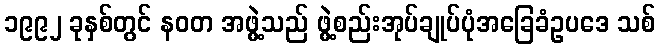
၁၉၉၂ ခုနှစ်တွင် နဝတ အဖွဲ့သည် ဖွဲ့စည်းအုပ်ချုပ်ပုံအခြေခံဥပဒေ သစ်